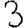
Digit: 3